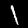
Label: 1